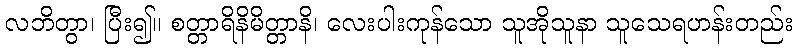
လဘိတွာ၊ ပြီး၍။ စတ္တာရိနိမိတ္တာနိ၊ လေးပါးကုန်သော သူအိုသူနာ သူသေရဟန်းတည်း